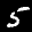
Label: 5